Vaccination in the Punjab 1919-1929 - 1919-1929
Year: 1919
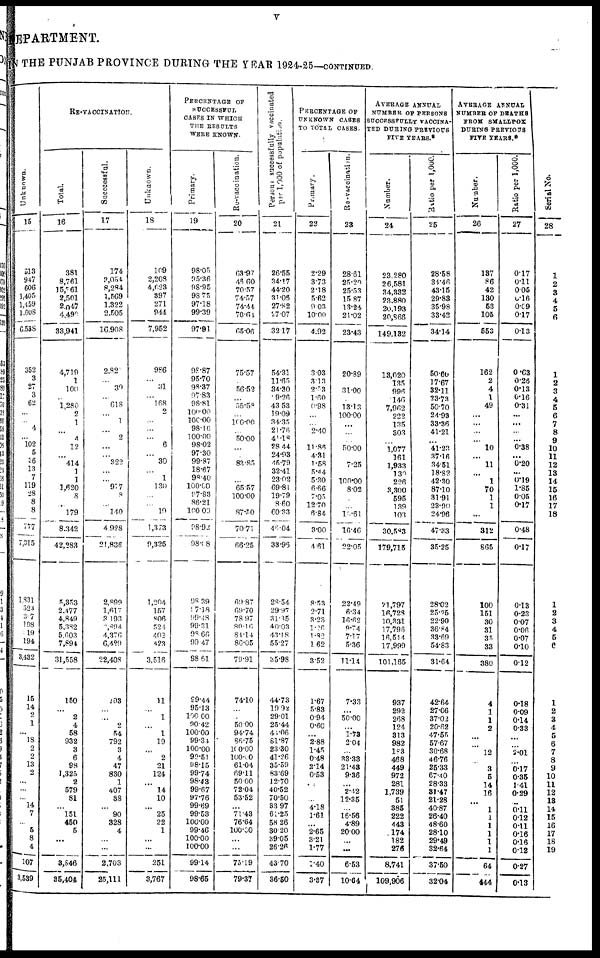
v
DEPARTMENT.
IN THE PUNJAB PROVINCE DURING THE YEAR 1924-25—CONTINUED
Unknown.
15
513
947
606
1,405
1,459
1,608
6,538
352
3
27
3
62
...
...
4
... 102
5
36
13
7
119
28
8
8
777
7,315
1,831
523
3 7
198
19
194
3,432
15
14
2
1
...
18
2
2
13
2
...
...
...
14
7
...
5
8
4
107
3,539
RE-VACCINATION.
Total.
16
381
8,761
15,761
2,501
2,047
4,490
33,941
4,719
1
100
...
1,280
2
1
...
4
12
...
414
1
1
1,620
8
...
179
8,342
42,283
5,353
2,477
4,849
5,382
5,603
7,894
31,558
150
...
2
4
58
932
3
6
98
1,325
2
579
81
...
151
450
5
...
...
3,846
35,404
Succcessful.
17
174
3,054
8,284
1,569
1,322
2,505
16,908
282
...
39
...
618
...
1
...
2
...
...
322
...
...
977
8
...
140
4,928
21,836
2,899
1,617
3,193
3,894
4,376
6,429
22,408
103
...
...
2
54
792
3
4
47
830
1
407
38
...
90
328
4
...
...
2,703
25,111
Unknown.
18
109
2,208
4,023
397
271
944
7,952
986
... 31
... 168
2
...
...
...
6
...
30
...
1
130
...
...
19
1,373
9,325
1,204
157
806
524
402
423
3,516
11
...
1
...
1
19
...
2
21
124
...
14
10
...
25
22
1
...
...
251
3,767
PERCENTAGE OF
SUCCESSFUL
CASES IN WHICH
THE RESULTS
WERE KNOWN.
Primary.
19
98.05
95.36
98.95
98.75
97.18
99.39
97.91
98.87
95.70
98.37
97.83
98.81
100.00
100.00
98.16
100.00
98.02
97.30
99.87
18.67
98.40
100.00
97.83
86.21
100.00
98.92
98.08
98.39
97.18
99.48
99.31
98.66
99.47
98.61
99.44
95.13
100.00
90.42
100.00
99.34
100.00
90.51
98.15
99.74
98.43
99.67
97.76
99.69
99.53
100.00
99.46
100.00
100.00
99.14
98.65
Re-vaccination.
20
63.97
46.60
70.57
74.57
74.44
70.64
65.06
75.57
...
56.52
...
55.58
...
100.00
...
50.00
...
...
83.85
...
...
65.57
100.00
...
87.50
70.71
66.25
69.87
69.70
78.97
80.16
84.14
86.05
79.91
74.10
...
...
50.00
94.74
86.75
100.00
100.00
61.04
69.11
50.00
72.04
53.52
...
71.43
76.64
100.00
...
...
75.19
79.37
Persons successfully vaccinated
per 1,000 of population
21
26.55
34.17
44.20
31.06
27.82
27.07
32.17
54.31
11.65
34.30
9.26
43.53
19.09
34.35
21.76
41.18
28.44
24.93
45.79
32.41
23.02
69.81
19.79
8.60
60.33
46.04
33.96
28.54
29.97
31.35
40.03
43.18
55.27
35.98
44.73
19.92
29.01
25.44
44.06
81.87
23.30
41.26
35.59
83.69
12.70
40.52
70.50
33.97
61.25
58.26
30.20
39.05
26.26
43.70
36.50
PERCENTAGE OF
UNKNOWN CASES
TO TOTAL CASES.
Primary.
22
2.29
3.73
2.18
5.62
9.03
10.00
4.92
3.03
3.13
2.53
1.60
0.98
...
...
2.40
...
11.86
4.31
1.58
5.14
5.30
6.66
7.05
12.70
6.84
3.00
4.61
8.53
2.71
3.23
1.26
1.82
1.62
3.52
1.67
5.83
0.94
0.60
...
2.88
1.45
0.48
2.14
0.53
...
...
...
4.18
1.61
...
2.65
3.21
1.77
1.40
3.37
Re-vaccination.
23
28.61
25.20
25.53
15.87
13.24
21.02
23.43
20.89
...
31.00
...
13.13
100.00
...
...
...
50.00
...
7.25
...
100.00
8.02
...
...
18.61
16.46
22.05
22.49
6.34
16.62
9.74
7.17
5.36
11.14
7.33
...
50.00
...
1.73
2.04
33.33
21.43
9.36
...
2.42
12.35
...
16.56
4.89
20.00
...
...
6.53
10.64
AVERAGE ANNUAL
NUMBER OF PERSONS
SUCCESSFULLY VACCINA-
TED DURING PREVIOUS
FIVE YEARS.*
Number.
24
23,280
26,581
34,332
23,880
20,193
20,866
149,132
13,020
135
996
146
7,962
222
135
303
...
1,077
161
1,933
130
226
3,300
595
139
103
30,583
179,715
21,797
16,728
10,331
17,796
16,514
17,999
101,165
937
292
268
124
313
982
183
468
449
972
281
1,739
51
385
222
443
174
182
276
8,741
109,906
Ratio per 1,000.
25
28.58
34.46
43.15
29.83
35.98
33.42
34.14
50.60
17.67
32.11
23.73
50.70
24.99
33.36
41.21
...
41.23
37.16
34.51
18.82
42.30
87.10
31.91
23.90
24.96
47.33
35.25
28.02
25.25
22.90
36.84
33.69
54.83
31.64
42.64
27.06
37.02
20.62
47.55
57.67
30.68
46.76
25.33
67.40
28.33
31.47
21.28
40.87
26.40
48.60
28.10
29.49
32.64
37.50
32.04
AVERAGE ANNUAL
NUMBER OF DEATHS
FROM SMALLPOX
DURING PREVIOUS
FIVE YEARS.*
Number.
26
137
86
42
130
53
105
553
162
2
4
1
49
...
...
...
...
10
...
11
...
1
70
1
1
...
312
865
100
151
30
31
35
33
380
4
1
1
2
...
...
12
3
5
14
16
...
1
1
1
1
1
1
64
444
Ratio per 1,000.
27
0.17
0.11
0.05
0.16
0.09
0.17
0.13
0.63
0.26
0.13
0.16
0.31
...
...
...
0.38
...
0.20
0.19
1.85
0.05
0.17
0.48
0.17
0.13
0.23
0.07
0.06
0.07
0.10
0.12
0.18
0.09
0.14
0.33
2.01
0.17
0.35
0.29
0.11
0.12
0.11
0.16
0.16
0.12
0.27
0.13
Serial No.
28
1
2
3
4
5
6
1
2
3
4
5
6
7
8
9
10
11
12
13
14
15
16
17
18
1
2
3
4
5
6
1
2
3
4
5
6
7
8
9
10
11
12
13
14
15
16
17
18
19